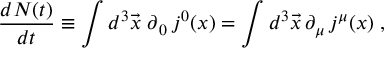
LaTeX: \frac { d N ( t ) } { d t } \equiv \int d ^ { 3 } \vec { x } \; \partial _ { \, 0 } \, j ^ { 0 } ( x ) = \int d ^ { 3 } \vec { x } \, \partial _ { \mu } \, j ^ { \mu } ( x ) \; ,